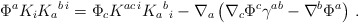
\begin{align*}\Phi^a K_i K_a{}^{b\,i} =\Phi_c K^{ac\,i} K_a{}^b{}_i - \nabla_a \left( \nabla_c \Phi^c\gamma^{ab} - \nabla^b \Phi^a \right)\,.\end{align*}